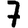
Digit: 7